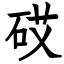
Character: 砹